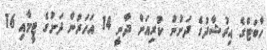
ހާބަޓްގެ އިރުޝާދުގެ ދަށުން ކުރިއަށް ދާނީ 14 އަހަރުން ދަށުގެ ޓީމާއި 16